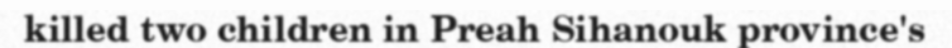
killed two children in Preah Sihanouk province's